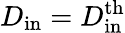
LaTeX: D_{\mathrm{in}}=D_{\mathrm{in}}^{\mathrm{th}}